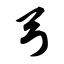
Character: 弓